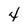
Character: 4